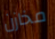
مخازن